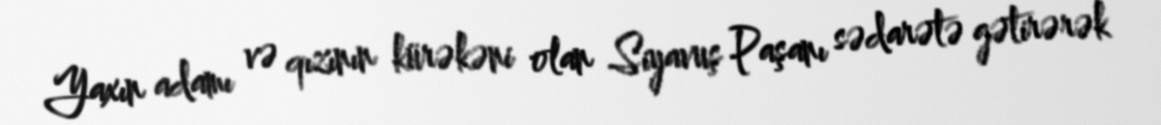
Yaxın adamı və qızının kürəkəni olan Siyavuş Paşanı sədarətə gətirərək